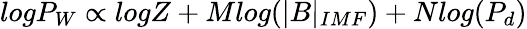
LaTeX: logP_{W}\propto logZ+Mlog(|B|_{IMF})+Nlog(P_{d})